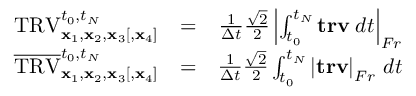
\begin{array} { r l r } { \mathrm { T R V } _ { { \mathbf x } _ { 1 } , { \mathbf x } _ { 2 } , { \mathbf x } _ { 3 } [ , { \mathbf x } _ { 4 } ] } ^ { t _ { 0 } , t _ { N } } } & { = } & { \frac { 1 } { \Delta t } \frac { \sqrt { 2 } } { 2 } \left| \int _ { t _ { 0 } } ^ { t _ { N } } \mathbf { t r v } \; d t \right| _ { F r } } \\ { \overline { { \mathrm { T R V } } } _ { { \mathbf x } _ { 1 } , { \mathbf x } _ { 2 } , { \mathbf x } _ { 3 } [ , { \mathbf x } _ { 4 } ] } ^ { t _ { 0 } , t _ { N } } } & { = } & { \frac { 1 } { \Delta t } \frac { \sqrt { 2 } } { 2 } \int _ { t _ { 0 } } ^ { t _ { N } } \left| \mathbf { t r v } \right| _ { F r } \, d t } \end{array}